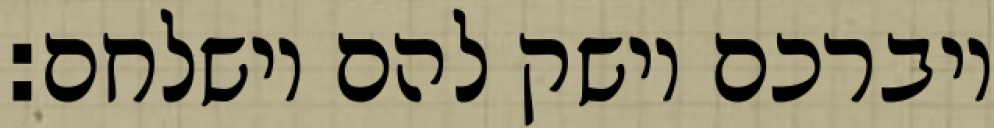
ויברכם וישק להם וישלחם: